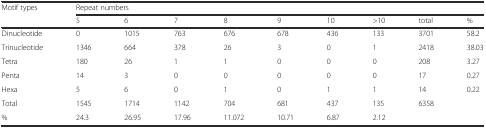
<table><thead><tr><td><b>Motif types</b></td><td colspan="9"><b>Repeat numbers</b></td></tr><tr><td></td><td><b>5</b></td><td><b>6</b></td><td><b>7</b></td><td><b>8</b></td><td><b>9</b></td><td><b>10</b></td><td><b>&gt;10</b></td><td><b>total</b></td><td><b>%</b></td></tr></thead><tbody><tr><td>Dinucleotide</td><td>0</td><td>1015</td><td>763</td><td>676</td><td>678</td><td>436</td><td>133</td><td>3701</td><td>58.2</td></tr><tr><td>Trinucleotide</td><td>1346</td><td>664</td><td>378</td><td>26</td><td>3</td><td>0</td><td>1</td><td>2418</td><td>38.03</td></tr><tr><td>Tetra</td><td>180</td><td>26</td><td>1</td><td>1</td><td>0</td><td>0</td><td>0</td><td>208</td><td>3.27</td></tr><tr><td>Penta</td><td>14</td><td>3</td><td>0</td><td>0</td><td>0</td><td>0</td><td>0</td><td>17</td><td>0.27</td></tr><tr><td>Hexa</td><td>5</td><td>6</td><td>0</td><td>1</td><td>0</td><td>1</td><td>1</td><td>14</td><td>0.22</td></tr><tr><td>Total</td><td>1545</td><td>1714</td><td>1142</td><td>704</td><td>681</td><td>437</td><td>135</td><td>6358</td><td></td></tr><tr><td>%</td><td>24.3</td><td>26.95</td><td>17.96</td><td>11.072</td><td>10.71</td><td>6.87</td><td>2.12</td><td></td><td></td></tr></tbody></table>